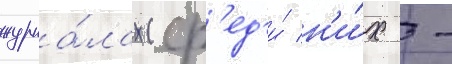
журна́лах (ср'ед'и́ н'и́х -